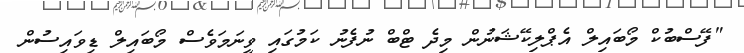
"ފޭސްބުކް މޯބައިލް އެޕްލިކޭޝަނުން މިދެ ޓްބް ނުފެނު ކަމުގައި ވީނަމަވެސް މޯބައިލް ޑިވައިސުން